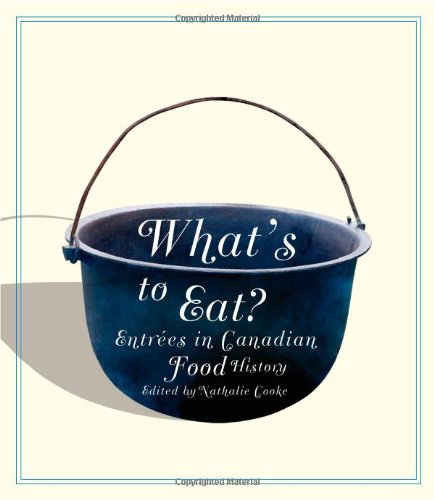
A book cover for What's to Eat?: EntrÃ©es in Canadian Food History; Nathalie Cooke; Cookbooks, Food & Wine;